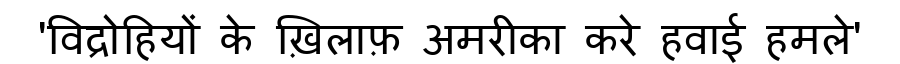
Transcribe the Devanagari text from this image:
'विद्रोहियों के ख़िलाफ़ अमरीका करे हवाई हमले'